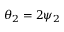
\theta _ { 2 } = 2 \psi _ { 2 }